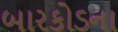
બારકોડના